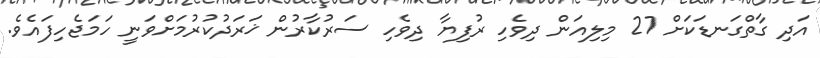
އަދި ގާތްގަނޑަކަށް 27 މިލިއަން ދިވެހި ރުފިޔާ ދިވެހި ސަރުކާރުން ޚަރަދުކުރުމަށްވަނީ ހަމަޖެހިފައެވެ.